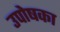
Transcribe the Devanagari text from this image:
उपोषका